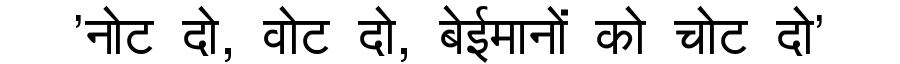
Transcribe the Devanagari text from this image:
'नोट दो, वोट दो, बेईमानों को चोट दो'